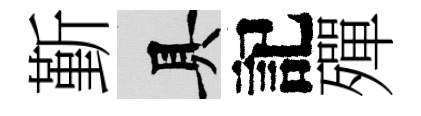
斳具記殫